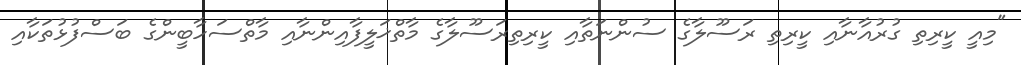
"މިއީ ކީރިތި ގުރުއާނާއި ކީރިތި ރަސޫލާގެ ސުންނަތާއި ކީރިތިރަސޫލާގެ މާތްޚަލީފާއިންނާއި މާތްސަހާބީންގެ ބަސްފުޅުތަކާއި